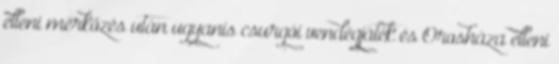
elleni mérkőzés után ugyanis csurgói vendégjáték és Orosháza elleni